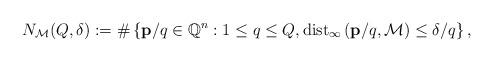
LaTeX: \begin{align*}N_{\mathcal{M}}(Q,\delta):=\#\left\{{\mathbf{p}}/q\in\mathbb{Q}^n: 1\le q\le Q, \mathrm{dist}_\infty\left({\mathbf{p}}/q,\mathcal{M}\right)\le{\delta}/q\right\},\end{align*}